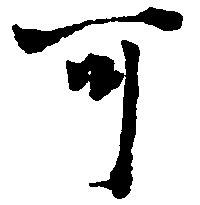
可